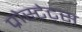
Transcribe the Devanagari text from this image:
प्रोस्टेट्स